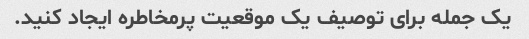
یک جمله برای توصیف یک موقعیت پرمخاطره ایجاد کنید.